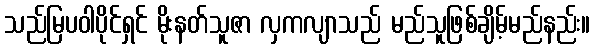
သည်မြပဝါပိုင်ရှင် မိုးနတ်သူဇာ လှကလျာသည် မည်သူဖြစ်ချိမ့်မည်နည်း။